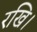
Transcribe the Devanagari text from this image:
रखि।